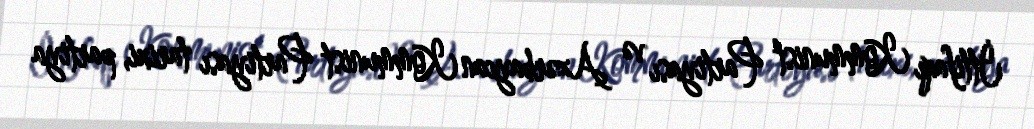
İttifaqı Kommunist Partiyası və Azərbaycan Kommunist Partiyası tarixi, partiya